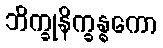
ဘိက္ခုနိက္ခန္ဓကော